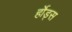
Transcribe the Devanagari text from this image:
र्होड्स